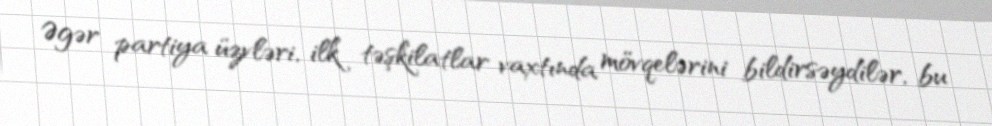
Əgər partiya üzvləri, ilk təşkilatlar vaxtında mövqelərini bildirsəydilər, bu